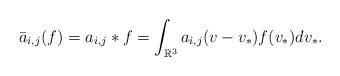
LaTeX: \begin{align*}\bar a_{i,j}(f)=a_{i,j}*f =\int_{\mathbb R^3}a_{i,j}(v-v_*)f(v_*)dv_*.\end{align*}